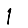
Digit: 1